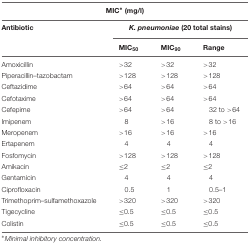
| <COLSPAN=4> MIC∗ (mg/l) |
 | Antibiotic | <COLSPAN=3> K. pneumoniae (20 total stains) |
 |  | MIC50 | MIC90 | Range |
 | --- | --- | --- | --- |
 | Amoxicillin | >32 | >32 | >32 |
 | Piperacillin–tazobactam | >128 | >128 | >128 |
 | Ceftazidime | >64 | >64 | >64 |
 | Cefotaxime | >64 | >64 | >64 |
 | Cefepime | >64 | >64 | 32 to >64 |
 | Imipenem | 8 | >16 | 8 to >16 |
 | Meropenem | >16 | >16 | >16 |
 | Ertapenem | 4 | 4 | 4 |
 | Fosfomycin | >128 | >128 | >128 |
 | Amikacin | ≤2 | ≤2 | ≤2 |
 | Gentamicin | 4 | 4 | 4 |
 | Ciprofloxacin | 0.5 | 1 | 0.5–1 |
 | Trimethoprim–sulfamethoxazole | >320 | >320 | >320 |
 | Tigecycline | ≤0.5 | ≤0.5 | ≤0.5 |
 | Colistin | ≤0.5 | ≤0.5 | ≤0.5 |